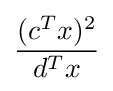
{\frac {(c^{T}x)^{2}}{d^{T}x}}